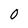
Character: 0